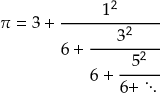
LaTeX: \pi = { 3 + { \cfrac { 1 ^ { 2 } } { 6 + { \cfrac { 3 ^ { 2 } } { 6 + { \cfrac { 5 ^ { 2 } } { 6 + \ddots \, } } } } } } }